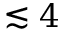
\lesssim 4